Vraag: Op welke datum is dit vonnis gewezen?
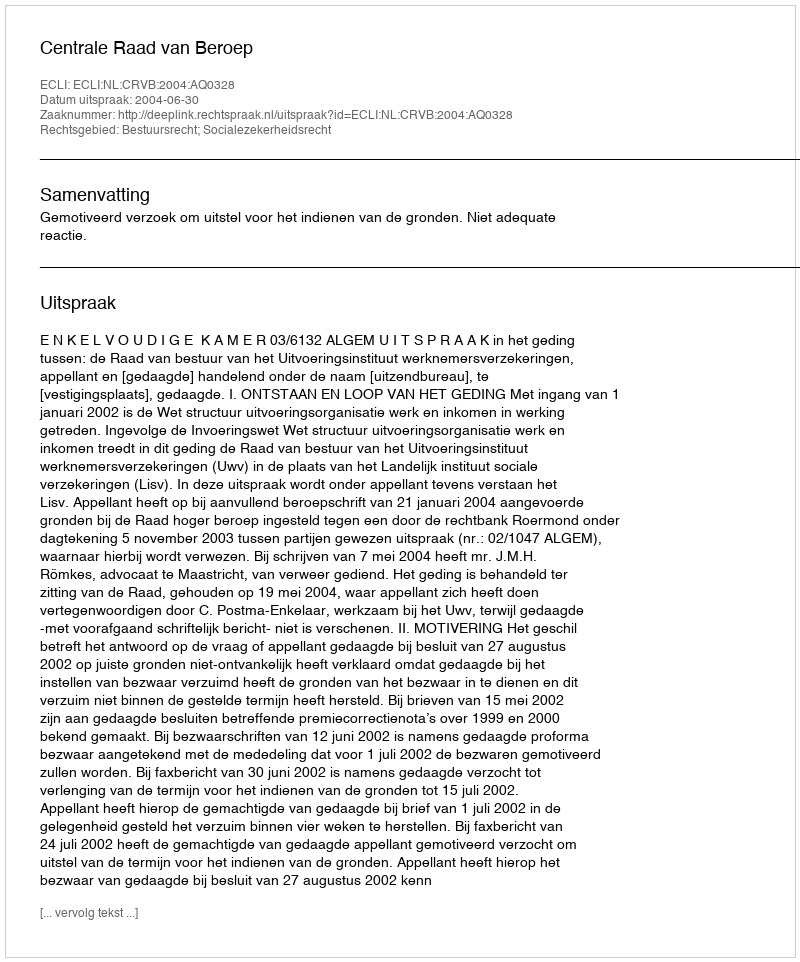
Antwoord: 2004-06-30